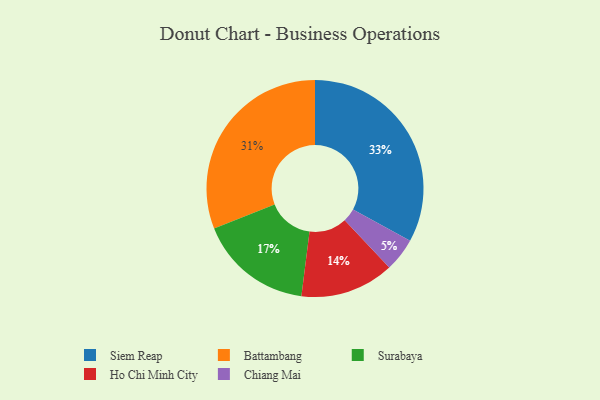
{"axis": {"x": "Category", "y": "Percentage"}, "legend": ["Battambang", "Chiang Mai", "Ho Chi Minh City", "Siem Reap", "Surabaya"], "data": [{"x": "Battambang", "y": 31, "type": "Battambang"}, {"x": "Surabaya", "y": 17, "type": "Surabaya"}, {"x": "Chiang Mai", "y": 5, "type": "Chiang Mai"}, {"x": "Siem Reap", "y": 33, "type": "Siem Reap"}, {"x": "Ho Chi Minh City", "y": 14, "type": "Ho Chi Minh City"}]}